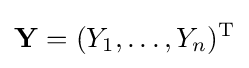
\mathbf {Y} =(Y_{1},\ldots ,Y_{n})^{\mathrm {T} }